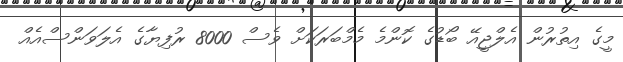
މީގެ އިތުރުން އެލްޖީއޭ ބޯޑުގެ ކޮންމެ މެމްބަރަކަށް ވެސް 8000 ރުފިޔާގެ އެލަވަންސްއެއް